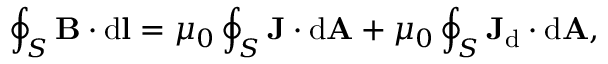
\oint _ { S } \mathbf { B } \cdot \mathrm { { d } } \mathbf { l } = \mu _ { 0 } \oint _ { S } \mathbf { J } \cdot \mathrm { { d } } \mathbf { A } + \mu _ { 0 } \oint _ { S } \mathbf { J } _ { \mathrm { { d } } } \cdot \mathrm { { d } } \mathbf { A } , \,